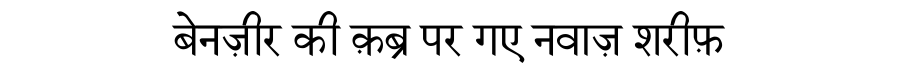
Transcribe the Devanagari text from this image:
बेनज़ीर की क़ब्र पर गए नवाज़ शरीफ़